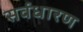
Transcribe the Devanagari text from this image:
सर्वधारण